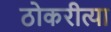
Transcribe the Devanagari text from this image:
ठोकरीत्या